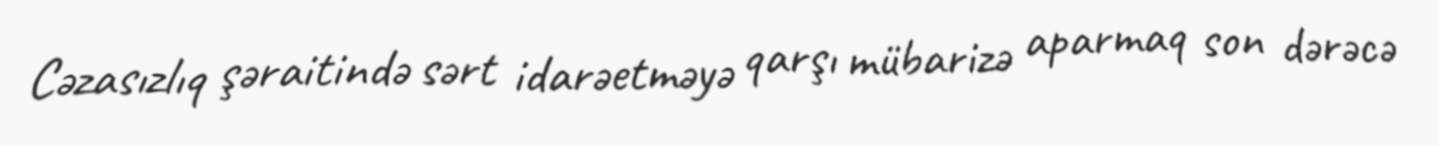
Cəzasızlıq şəraitində sərt idarəetməyə qarşı mübarizə aparmaq son dərəcə